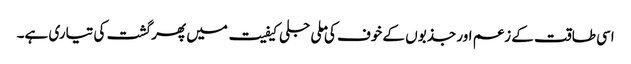
اسی طاقت کے زعم اور جذبوں کے خوف کی ملی جلی کیفیت میں پھر گشت کی تیاری ہے۔